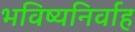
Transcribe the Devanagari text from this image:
भविष्यनिर्वाह